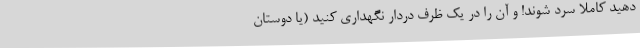
دهید کاملاً سرد شوند! و آن را در یک ظرف دردار نگهداری کنید (یا دوستان